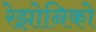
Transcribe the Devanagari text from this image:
रेझोनिको